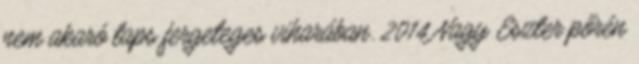
nem akaró taps fergeteges viharában. 2014 Nagy Eszter pőrén